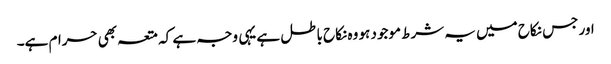
اور جس نکاح میں یہ شرط موجود ہو وہ نکاح باطل ہے یہی وجہ ہے کہ متعہ بھی حرام ہے۔